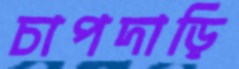
চাপদাড়ি